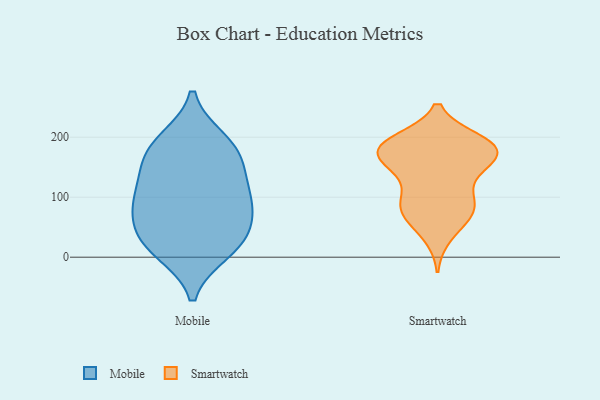
{"axis": {"x": "Gross Profit (USD K)", "y": "Value"}, "legend": ["Mobile", "Smartwatch"], "data": [{"x": "", "y": 10, "type": "Mobile"}, {"x": "", "y": 103, "type": "Mobile"}, {"x": "", "y": 75, "type": "Mobile"}, {"x": "", "y": 91, "type": "Mobile"}, {"x": "", "y": 180, "type": "Mobile"}, {"x": "", "y": 194, "type": "Mobile"}, {"x": "", "y": 150, "type": "Mobile"}, {"x": "", "y": 132, "type": "Mobile"}, {"x": "", "y": 181, "type": "Mobile"}, {"x": "", "y": 17, "type": "Mobile"}, {"x": "", "y": 38, "type": "Mobile"}, {"x": "", "y": 82, "type": "Mobile"}, {"x": "", "y": 29, "type": "Mobile"}, {"x": "", "y": 135, "type": "Smartwatch"}, {"x": "", "y": 186, "type": "Smartwatch"}, {"x": "", "y": 173, "type": "Smartwatch"}, {"x": "", "y": 161, "type": "Smartwatch"}, {"x": "", "y": 87, "type": "Smartwatch"}, {"x": "", "y": 175, "type": "Smartwatch"}, {"x": "", "y": 152, "type": "Smartwatch"}, {"x": "", "y": 150, "type": "Smartwatch"}, {"x": "", "y": 188, "type": "Smartwatch"}, {"x": "", "y": 36, "type": "Smartwatch"}, {"x": "", "y": 62, "type": "Smartwatch"}, {"x": "", "y": 88, "type": "Smartwatch"}, {"x": "", "y": 74, "type": "Smartwatch"}, {"x": "", "y": 185, "type": "Smartwatch"}, {"x": "", "y": 194, "type": "Smartwatch"}, {"x": "", "y": 187, "type": "Smartwatch"}, {"x": "", "y": 83, "type": "Smartwatch"}, {"x": "", "y": 98, "type": "Smartwatch"}, {"x": "", "y": 186, "type": "Smartwatch"}]}